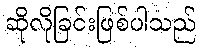
ဆိုလိုခြင်းဖြစ်ပါသည်